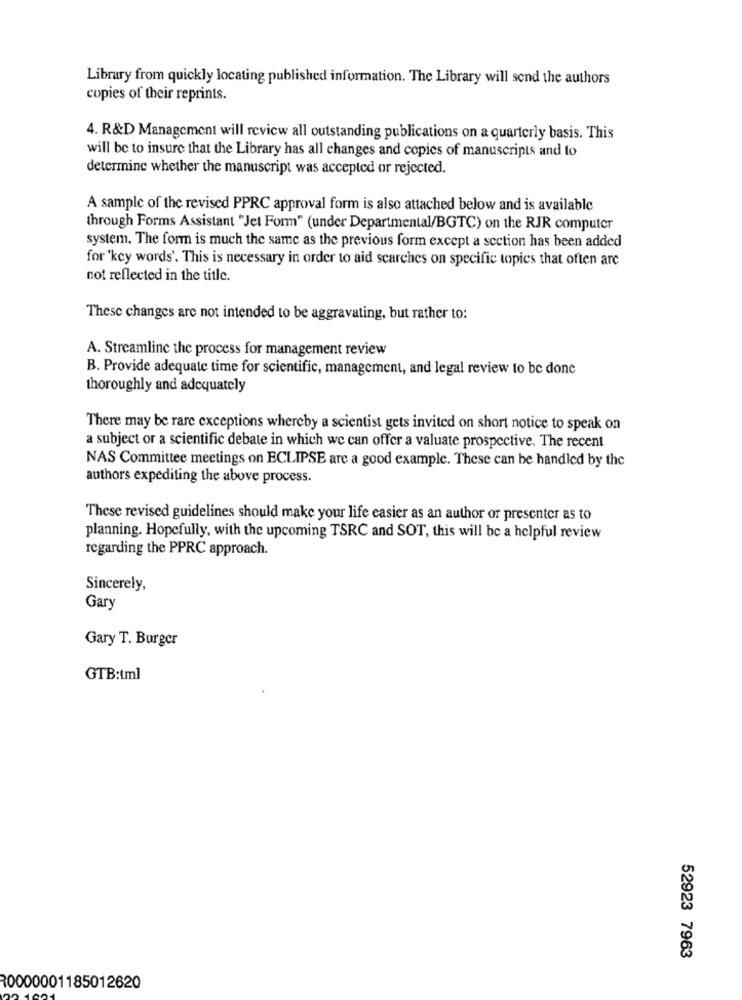
Library from quickly locating published information. The Library will send the authors
copies of their reprints.
4. R&D Management will review all outstanding publications on a quarterly basis. This
will be to insure that the Library has all changes and copies of manuscripts and to
determine whether the manuscript was accepted or rejected.
A sample of the revised PPRC approval form is also attached below and is available
through Forms Assistant "Jet Form" (under Departmental/BGTC) on the RJR computer
system. The form is much the same as the previous form except a section has been added
for 'key words'. This is necessary in order to aid searches on specific topics that often arc
not reflected in the title.
These changes are not intended to be aggravating, but rather to:
A. Streamline the process for management review
B. Provide adequate time for scientific, management, and legal review to be done
thoroughly and adequately
There may be rare exceptions whereby a scientist gets invited on short notice to speak on
a subject or a scientific debate in which we can offer a valuate prospective. The recent
NAS Committee meetings on ECLIPSE arc a good example. These can be handled by the
authors expediting the above process.
These revised guidelines should make your life easier as an author or presenter as to
planning. Hopefully, with the upcoming TSRC and SOT, this will be a helpful review
regarding the PPRC approach.
Sincerely,
Gary
Gary T. Burger
GTB:tml
52923 7963
30000001185012620